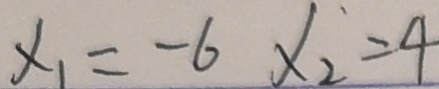
x _ { 1 } = - 6 x _ { 2 } = 4